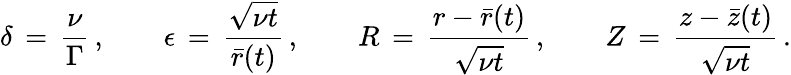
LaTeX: \delta\, =\, \frac{\nu}{\Gamma}\, ,\qquad\epsilon\, =\, \frac{\sqrt{\nu t}}{\bar{r}(t)}\, ,\qquad R\, =\, \frac{r-\bar{r}(t)}{\sqrt{\nu t}}\, ,\qquad Z\, =\, \frac{z-\bar{z}(t)}{\sqrt{\nu t}}\, .